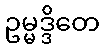
ဥမ္မဒ္ဒိတေ